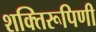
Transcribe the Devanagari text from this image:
शक्तिरूपिणी